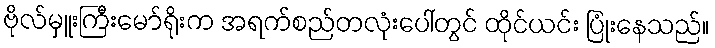
ဗိုလ်မှူးကြီးမော်ရိုးက အရက်စည်တလုံးပေါ်တွင် ထိုင်ယင်း ပြုံးနေသည်။